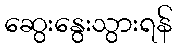
ဆွေးနွေးသွားရန်